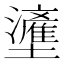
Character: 𱘙